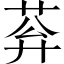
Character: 𦰠